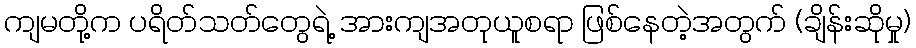
ကျမတို့က ပရိတ်သတ်တွေရဲ့ အားကျအတုယူစရာ ဖြစ်နေတဲ့အတွက် (ချိန်းဆိုမှု)